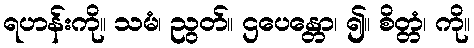
ရဟန်းကို။ သမံ၊ ညွတ်။ ဌပေန္တော၊ ၍။ စိတ္တံ၊ ကို။